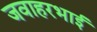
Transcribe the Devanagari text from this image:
जवाहरभाई